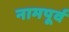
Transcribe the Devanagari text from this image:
नामपूर्व